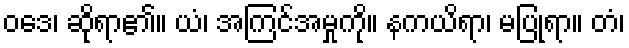
ဝဒေ၊ ဆိုရာ၏။ ယံ၊ အကြင်အမှုကို။ နကယိရာ၊ မပြုရာ။ တံ၊